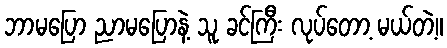
ဘာမပြော ညာမပြောနဲ့ သူ ခင်ကြီး လုပ်တော့ မယ်တဲ့။